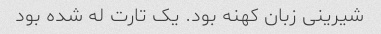
شیرینی زبان کهنه بود. یک تارت له شده بود